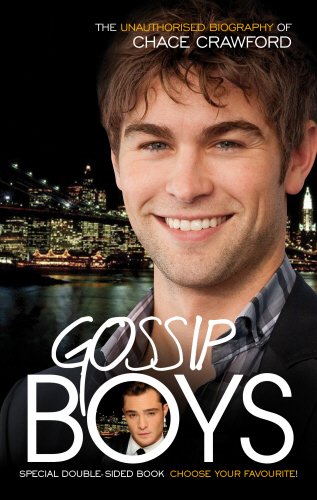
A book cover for Gossip Boys: The Double Unauthorised Biography of Ed Westwick and Chace Crawford; Liz Kaye; Teen & Young Adult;